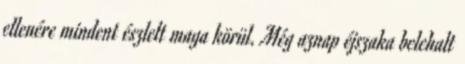
ellenére mindent észlelt maga körül. Még aznap éjszaka belehalt